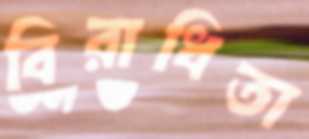
বিরাধিতা